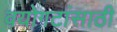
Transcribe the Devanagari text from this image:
वयोगटांसाठी